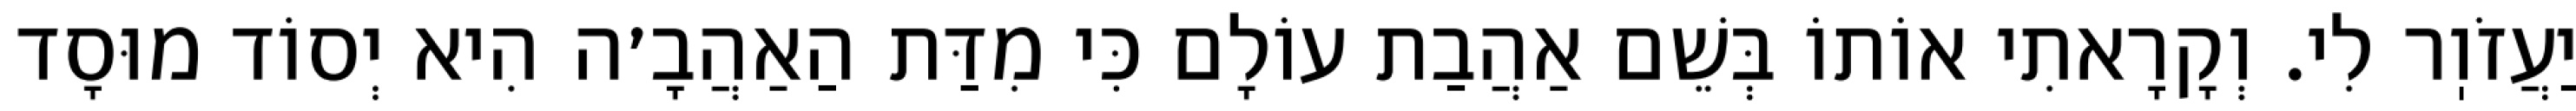
יַעֲזֹוֽר לִי. וְקָרָאתִי אוֹתוֹ בְּשֵׁם אַהֲבַת עוֹלָם כִּי מִדַּת הַאַהֲבָ׳ה הִיא יְסוֹד מוּסָד